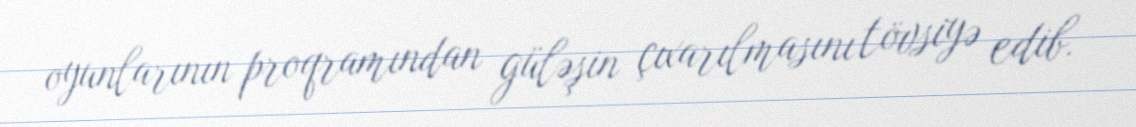
oyunlarının proqramından güləşin çıxarılmasını tövsiyə edib.